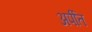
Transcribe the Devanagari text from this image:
अर्पीत